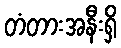
တံတားအနီးရှိ